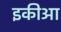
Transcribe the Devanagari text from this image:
इकीआ